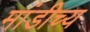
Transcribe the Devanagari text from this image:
मांडीच्य